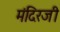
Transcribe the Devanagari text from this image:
मंदिरजी